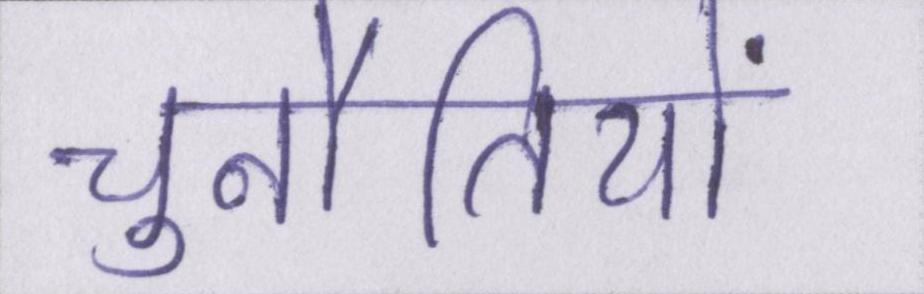
चुनौतियों